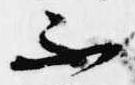
不